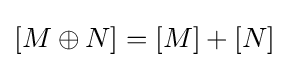
[M\oplus N]=[M]+[N]